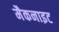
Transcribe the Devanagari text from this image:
मैकनाइट